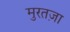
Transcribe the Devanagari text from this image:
मुरतज़ा